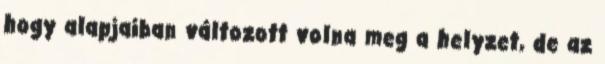
hogy alapjaiban változott volna meg a helyzet, de az